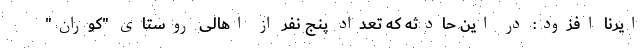
ایرنا افزود: در این حادثه که تعداد پنج نفر از اهالی روستای "کوران"